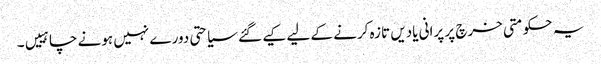
یہ حکومتی خرچ پر پرانی یادیں تازہ کرنے کے لیے کیے گئے سیاحتی دورے نہیں ہونے چاہییں۔